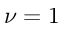
\nu = 1